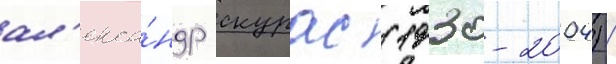
ал'екса́ндр скурас (1930-2004) /